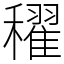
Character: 𥣞